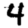
Digit: 4